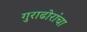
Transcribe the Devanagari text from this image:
गुराढोरांचा